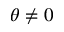
\theta \neq 0